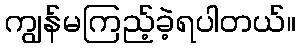
ကျွန်မကြည့်ခဲ့ရပါတယ်။